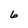
Character: 6